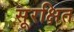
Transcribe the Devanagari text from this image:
सूरक्षित